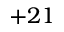
+ 2 1